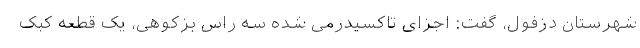
شهرستان دزفول، گفت: اجزای تاکسیدرمی شده سه راس بزکوهی، یک قطعه کبک